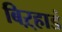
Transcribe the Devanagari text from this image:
बिऱ्हाडं